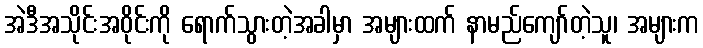
အဲဒီအသိုင်းအဝိုင်းကို ရောက်သွားတဲ့အခါမှာ အများထက် နာမည်ကျော်တဲ့သူ၊ အများက